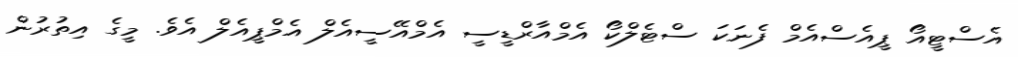
އެސްޓީއޯ ޕީއެސްއެމް ފެނަކަ ސްޓެލްކޯ އެމްއާރްޑީސީ އެމްއޭސީއެލް އެމްޕީއެލް އެވެ. މީގެ އިތުރުން